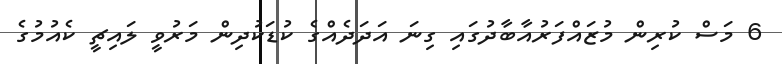
6 މަސް ކުރިން މުޒައްފަރުއާބާދުގައި ގިނަ އަދަދެއްގެ ކުޑަކުދިން މަރުވީ ލައިޗީ ކެއުމުގެ